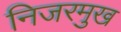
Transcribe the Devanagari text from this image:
निजरमुख